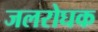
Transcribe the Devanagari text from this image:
जलरोघक